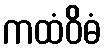
ကထံဝိဓံ